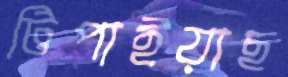
টিপাইয়াছ